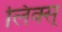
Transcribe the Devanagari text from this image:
लिंक्स्